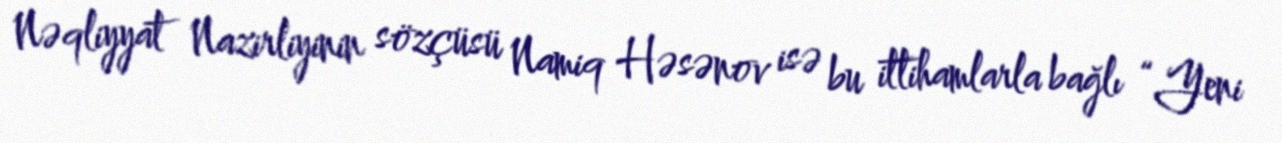
Nəqliyyat Nazirliyinin sözçüsü Namiq Həsənov isə bu ittihamlarla bağlı “Yeni